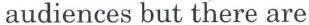
audiences but there are